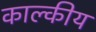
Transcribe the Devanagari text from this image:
काल्कीय